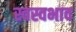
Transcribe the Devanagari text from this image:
स्वस्वभाव